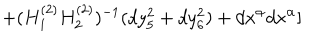
+ ( H _ { 1 } ^ { ( 2 ) } H _ { 2 } ^ { ( 2 ) } ) ^ { - 1 } ( d y _ { 5 } ^ { 2 } + d y _ { 6 } ^ { 2 } ) + d x ^ { \alpha } d x ^ { \alpha } ]